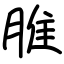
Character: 脽